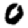
Digit: 0